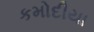
કમોદીયા